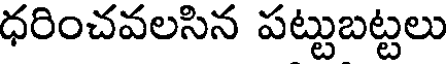
ధరించవలసిన పట్టుబట్టలు